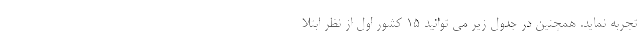
تجربه نماید. همچنین در جدول زیر می توانید ۱۵ کشور اول از نظر ابتلا